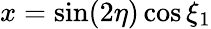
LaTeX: x=\sin(2\eta)\cos\xi_{1}